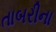
તાબરીના